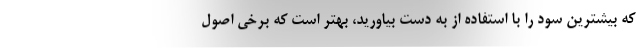
که بیشترین سود را با استفاده از به دست بیاورید، بهتر است که برخی اصول